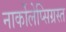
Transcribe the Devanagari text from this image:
नार्कोलेप्सिग्रस्त